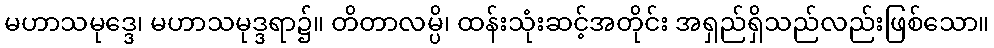
မဟာသမုဒ္ဒေ၊ မဟာသမုဒ္ဒရာ၌။ တိတာလမ္ပိ၊ ထန်းသုံးဆင့်အတိုင်း အရှည်ရှိသည်လည်းဖြစ်သော။